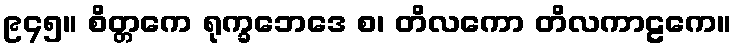
၉၄၅။ စိတ္တကေ ရုက္ခဘေဒေ စ၊ တိလကော တိလကာဠကေ။